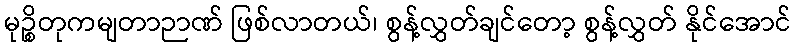
မုဉ္စိတုကမျတာဉာဏ် ဖြစ်လာတယ်၊ စွန့်လွှတ်ချင်တော့ စွန့်လွှတ် နိုင်အောင်